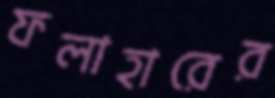
ফলাহারের